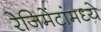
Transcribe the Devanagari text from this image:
रेजिमेंटांमध्ये